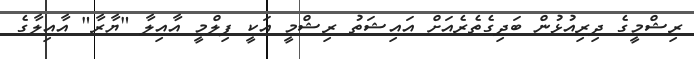
ރިޝްމީގެ ދިރިއުޅުން ބަދިގެތެރެއަށް އައިޝަތު ރިޝްމީ އަކީ ފިލްމީ އާއިލާ "ޔާރާ" އާއިލާގެ